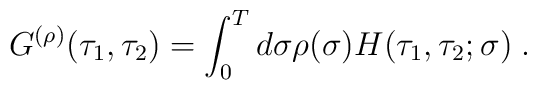
G^{(\rho)}(\tau_1,\tau_2) = \int_0^T d\sigma\rho (\sigma )H(\tau_1,\tau_2;\sigma)\; .